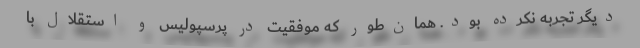
دیگر تجربه نکرده بود. همان‌طور که موفقیت در پرسپولیس و استقلال با